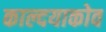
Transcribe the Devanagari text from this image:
काल्दयाकोव